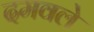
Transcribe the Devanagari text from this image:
दमवले